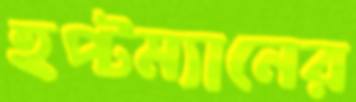
হপ্টম্যানের